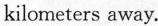
kilometers away.